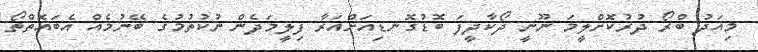
މިއަދު ބްރޯ ދުރުކޮށްލީމަ ނޫނީ ދޯކާދީފަ ބޮޑުގޮނޑިއަށްއަރާ ފިލީމަދެން ނުކުތުމުގެ ބޭނުމެއް އެބައޮތްތޯ